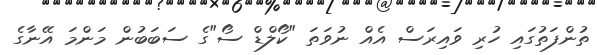
ތުންފަތުގައި ހުރި ވައިރަސް އެއް ނުވަތަ "ކޯލްޑް ސޯ"ގެ ސަބަބުން މަންމަ އޭނާގެ